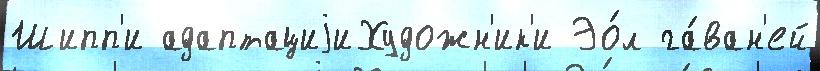
Шипп'и адаптациjиХудожн'ик'и Эо́л га́ван'ей